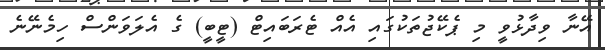
އޭނާ ވިދާޅުވީ މި ޕެކޭޖުތަކުގައި އެއް ޓެރަބައިޓް (ޓީބީ) ގެ އެލަވަންސް ހިމެނޭނެ